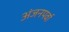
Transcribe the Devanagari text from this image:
अंजनपर्वा